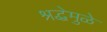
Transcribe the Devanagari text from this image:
श्रद्धेमुळे